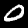
Label: 0